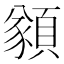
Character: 𩔀